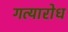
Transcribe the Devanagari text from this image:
गत्यारोध